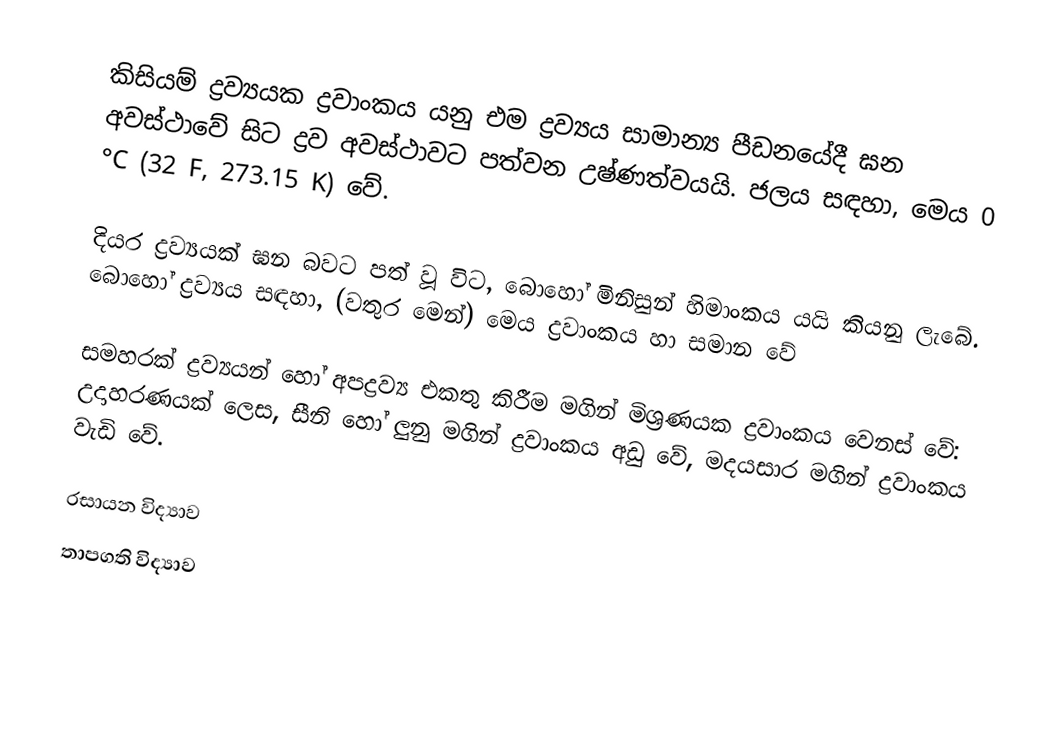
කිසියම් ද්‍රව්‍යයක ද්‍රවාංකය යනු එම ද්‍රව්‍යය සාමාන්‍ය පීඩනයේදී ඝන අවස්ථාවේ සිට ද්‍රව අවස්ථාවට පත්වන උෂ්ණත්වයයි. ජලය සඳහා, මෙය  0 °C (32 F, 273.15 K) වේ.

දියර ද්‍රව්‍යයක් ඝන බවට පත් වූ විට, බොහෝ මිනිසුන් හිමාංකය යයි කියනු ලැබේ.  බොහෝ ද්‍රව්‍යය සඳහා, (වතුර මෙන්) මෙය ද්‍රවාංකය හා සමාන වේ

සමහරක් ද්‍රව්‍යයන් හෝ අපද්‍රව්‍ය එකතු කිරීම මගින් මිශ්‍රණයක ද්‍රවාංකය වෙනස් වේ: උදාහරණයක් ලෙස, සීනි හෝ ලුනු  මගින් ද්‍රවාංකය අඩු වේ, මදයසාර මගින් ද්‍රවාංකය වැඩි වේ.

රසායන විද්‍යාව
තාපගති විද්‍යාව